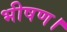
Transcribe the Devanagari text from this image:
भीषण।